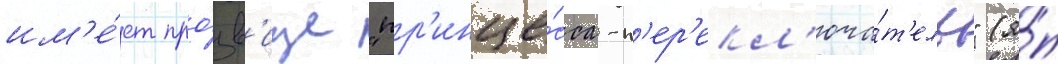
им'е́ет про́зв'ище "пр'инце́сса-п'ер'екл'юча́т'ель" (я́п